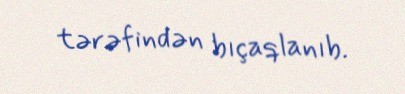
tərəfindən bıçaqlanıb.